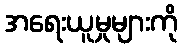
အရေးယူမှုများကို